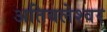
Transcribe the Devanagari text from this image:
अतिबलेश्वर